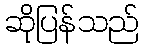
ဆိုပြန်သည်